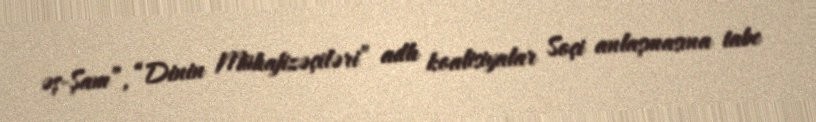
əş-Şam”, “Dinin Mühafizəçiləri” adlı koalisiyalar Soçi anlaşmasına tabe